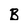
Character: B